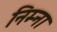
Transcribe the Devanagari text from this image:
निम्ना